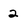
Character: 2